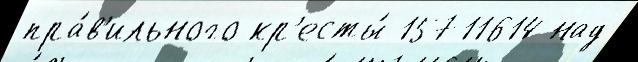
пра́в'ильного кр'есты́ 15711614 над